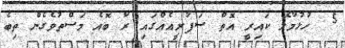
5  ހުޅުމާލޭ ކައިރީ އޮތް ސަފާރީއެއްގައި ރާ ބޮއެ މަސްތުވެގެން ތިބެ